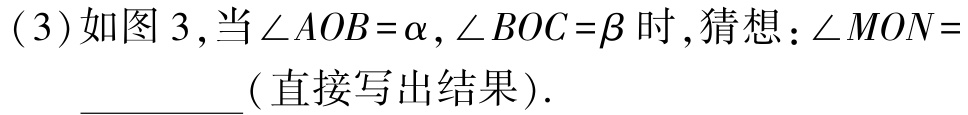
(3)如图 3 ,当$\angle AOB = \alpha ,\angle BOC = \beta$时,猜想：$\angle MON =$__________(直接写出结果).